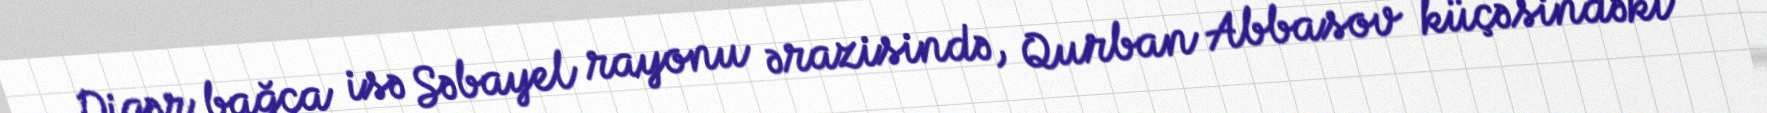
Digər bağça isə Səbayel rayonu ərazisində, Qurban Abbasov küçəsindəki